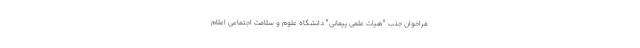
فراخوان جذب "هیات علمی پیمانی" دانشگاه علوم و سلامت اجتماعی اعلام